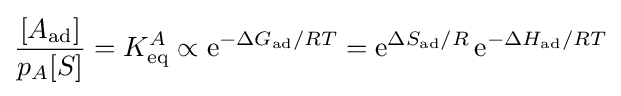
{\frac {[A_{\text{ad}}]}{p_{A}[S]}}=K_{\text{eq}}^{A}\propto \mathrm {e} ^{-\Delta G_{\text{ad}}/RT}=\mathrm {e} ^{\Delta S_{\text{ad}}/R}\,\mathrm {e} ^{-\Delta H_{\text{ad}}/RT}